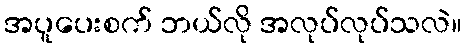
အပူပေးစက် ဘယ်လို အလုပ်လုပ်သလဲ။